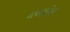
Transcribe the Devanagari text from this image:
घनकंप